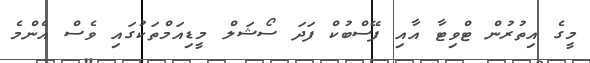
މީގެ އިތުރުން ޓްވިޓާ އާއި ފޭސްބުކް ފަދަ ސޯޝަލް މީޑިއަމްތަކުގައި ވެސް އެންމެ